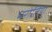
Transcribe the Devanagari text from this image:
भरोतिया